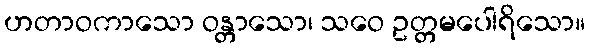
ဟတာဝကာသော ဝန္တာသော၊ သဝေ ဥတ္တမပေါရိသော။